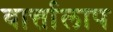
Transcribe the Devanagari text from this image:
वार्त्तालाप